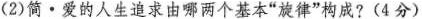
(2)简。爱的人生追求由哪两个基本”旋律”构成?(4分)